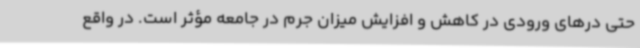
حتی درهای ورودی در کاهش و افزایش میزان جرم در جامعه مؤثر است. در واقع